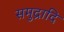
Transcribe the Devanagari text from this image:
समुद्रादि